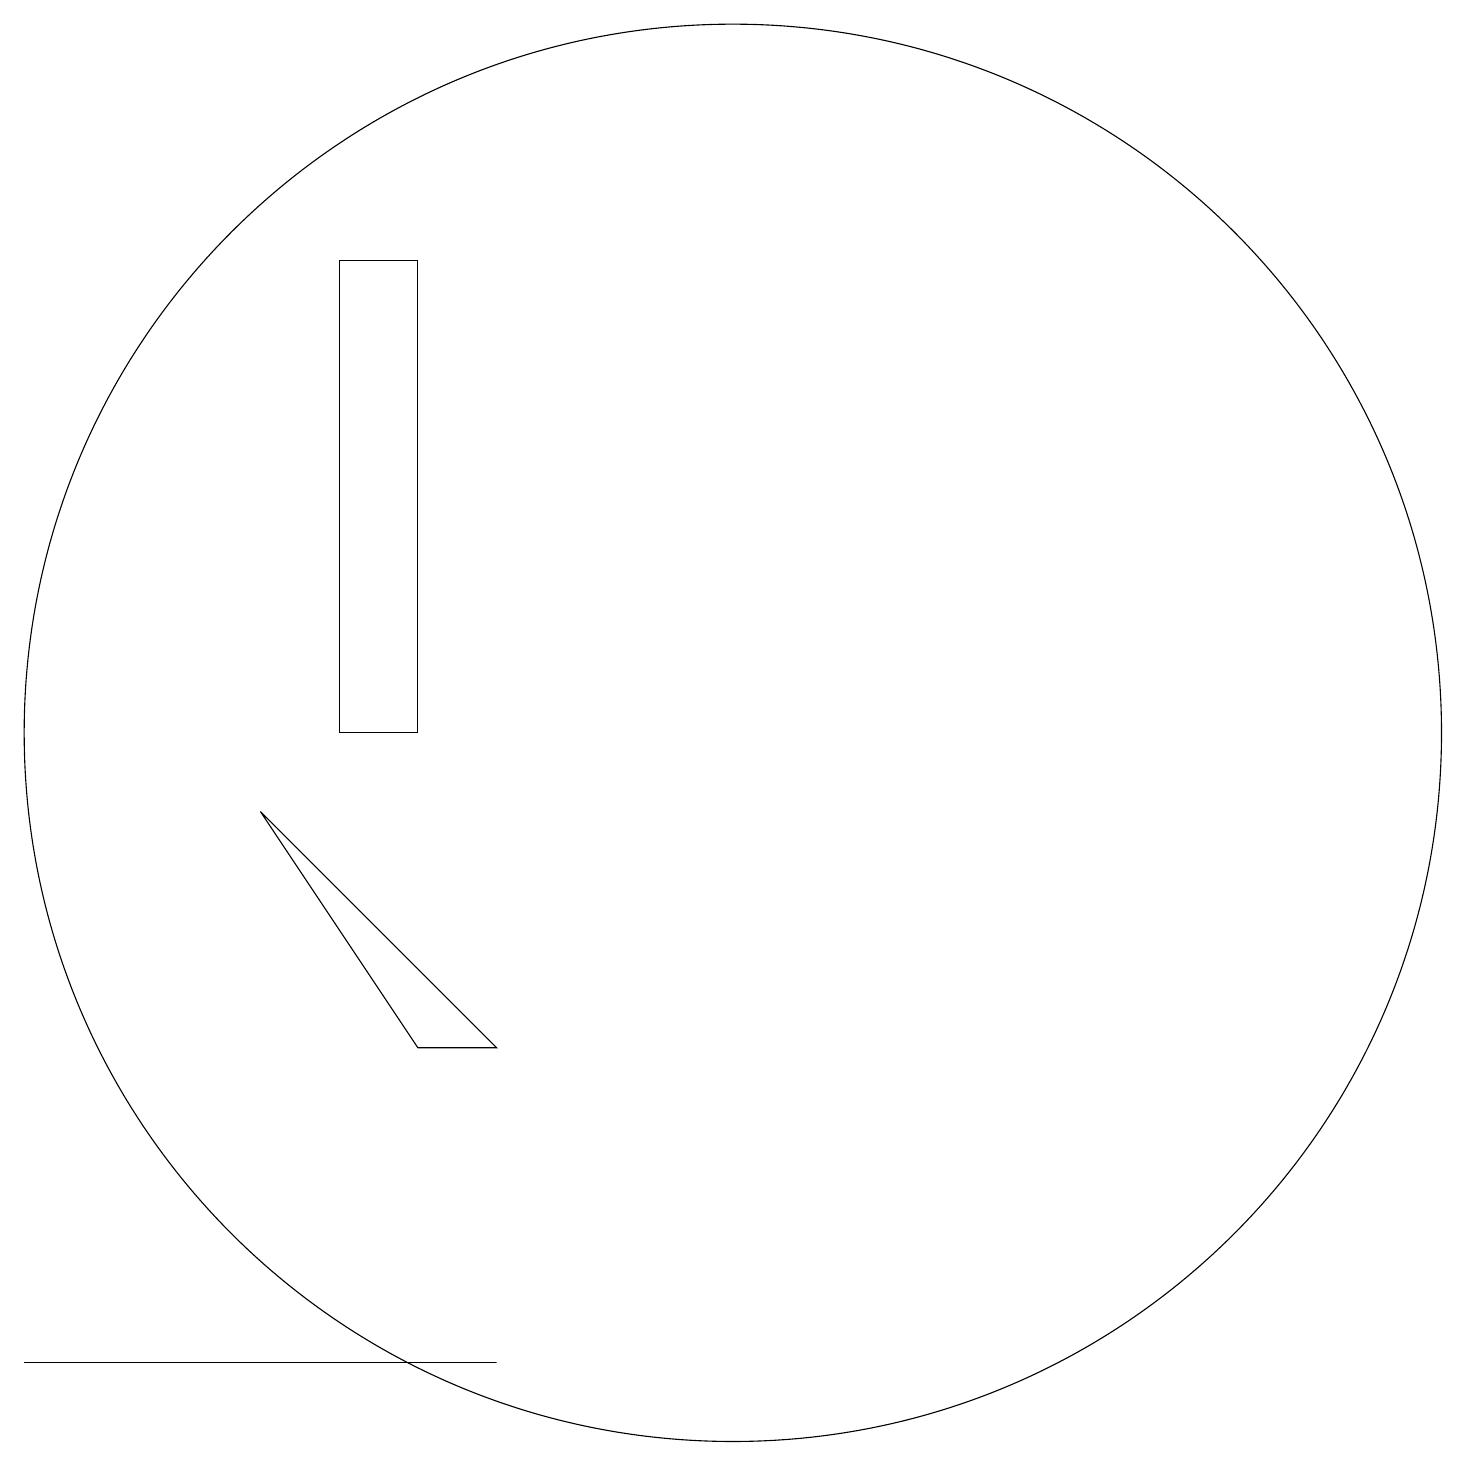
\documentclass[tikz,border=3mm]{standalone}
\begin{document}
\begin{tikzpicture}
\draw (8,6) -- (9,6) -- (6,9) -- cycle;
\draw (7,10) rectangle (8,16);
\draw (10,12) circle (0);
\draw (9,2) -- (3,2) -- (9,2) -- cycle;
\draw (12,10) circle (9);
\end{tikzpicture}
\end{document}